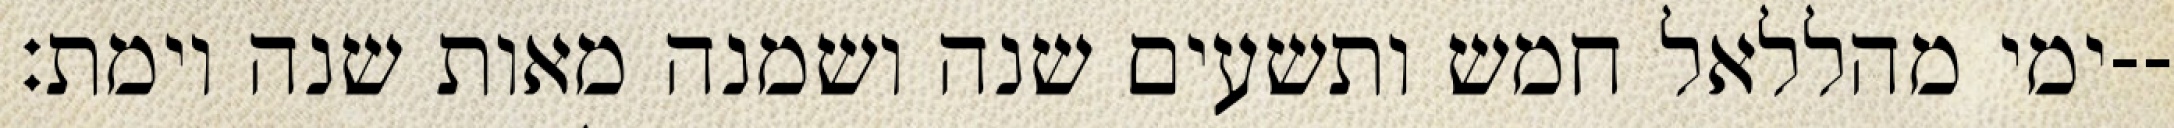
ימי מהללאל חמש ותשעים שנה ושמנה מאות שנה וימת׃--